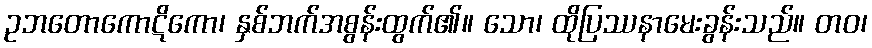
ဥဘတောကောဋိကော၊ နှစ်ဘက်အစွန်းထွက်၏။ သော၊ ထိုပြဿနာမေးခွန်းသည်။ တဝ၊